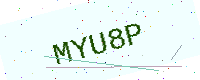
Text: MYU8P